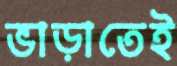
ভাড়াতেই